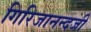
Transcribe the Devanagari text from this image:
गिरिजानन्दजी